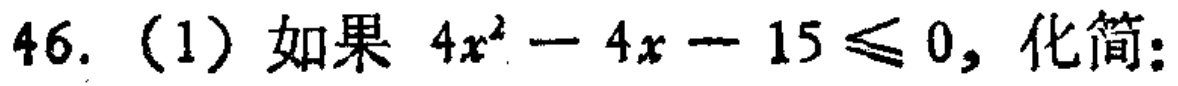
46.（1）如果 \(4x^{2}-4x - 15\leqslant0\)，化简：